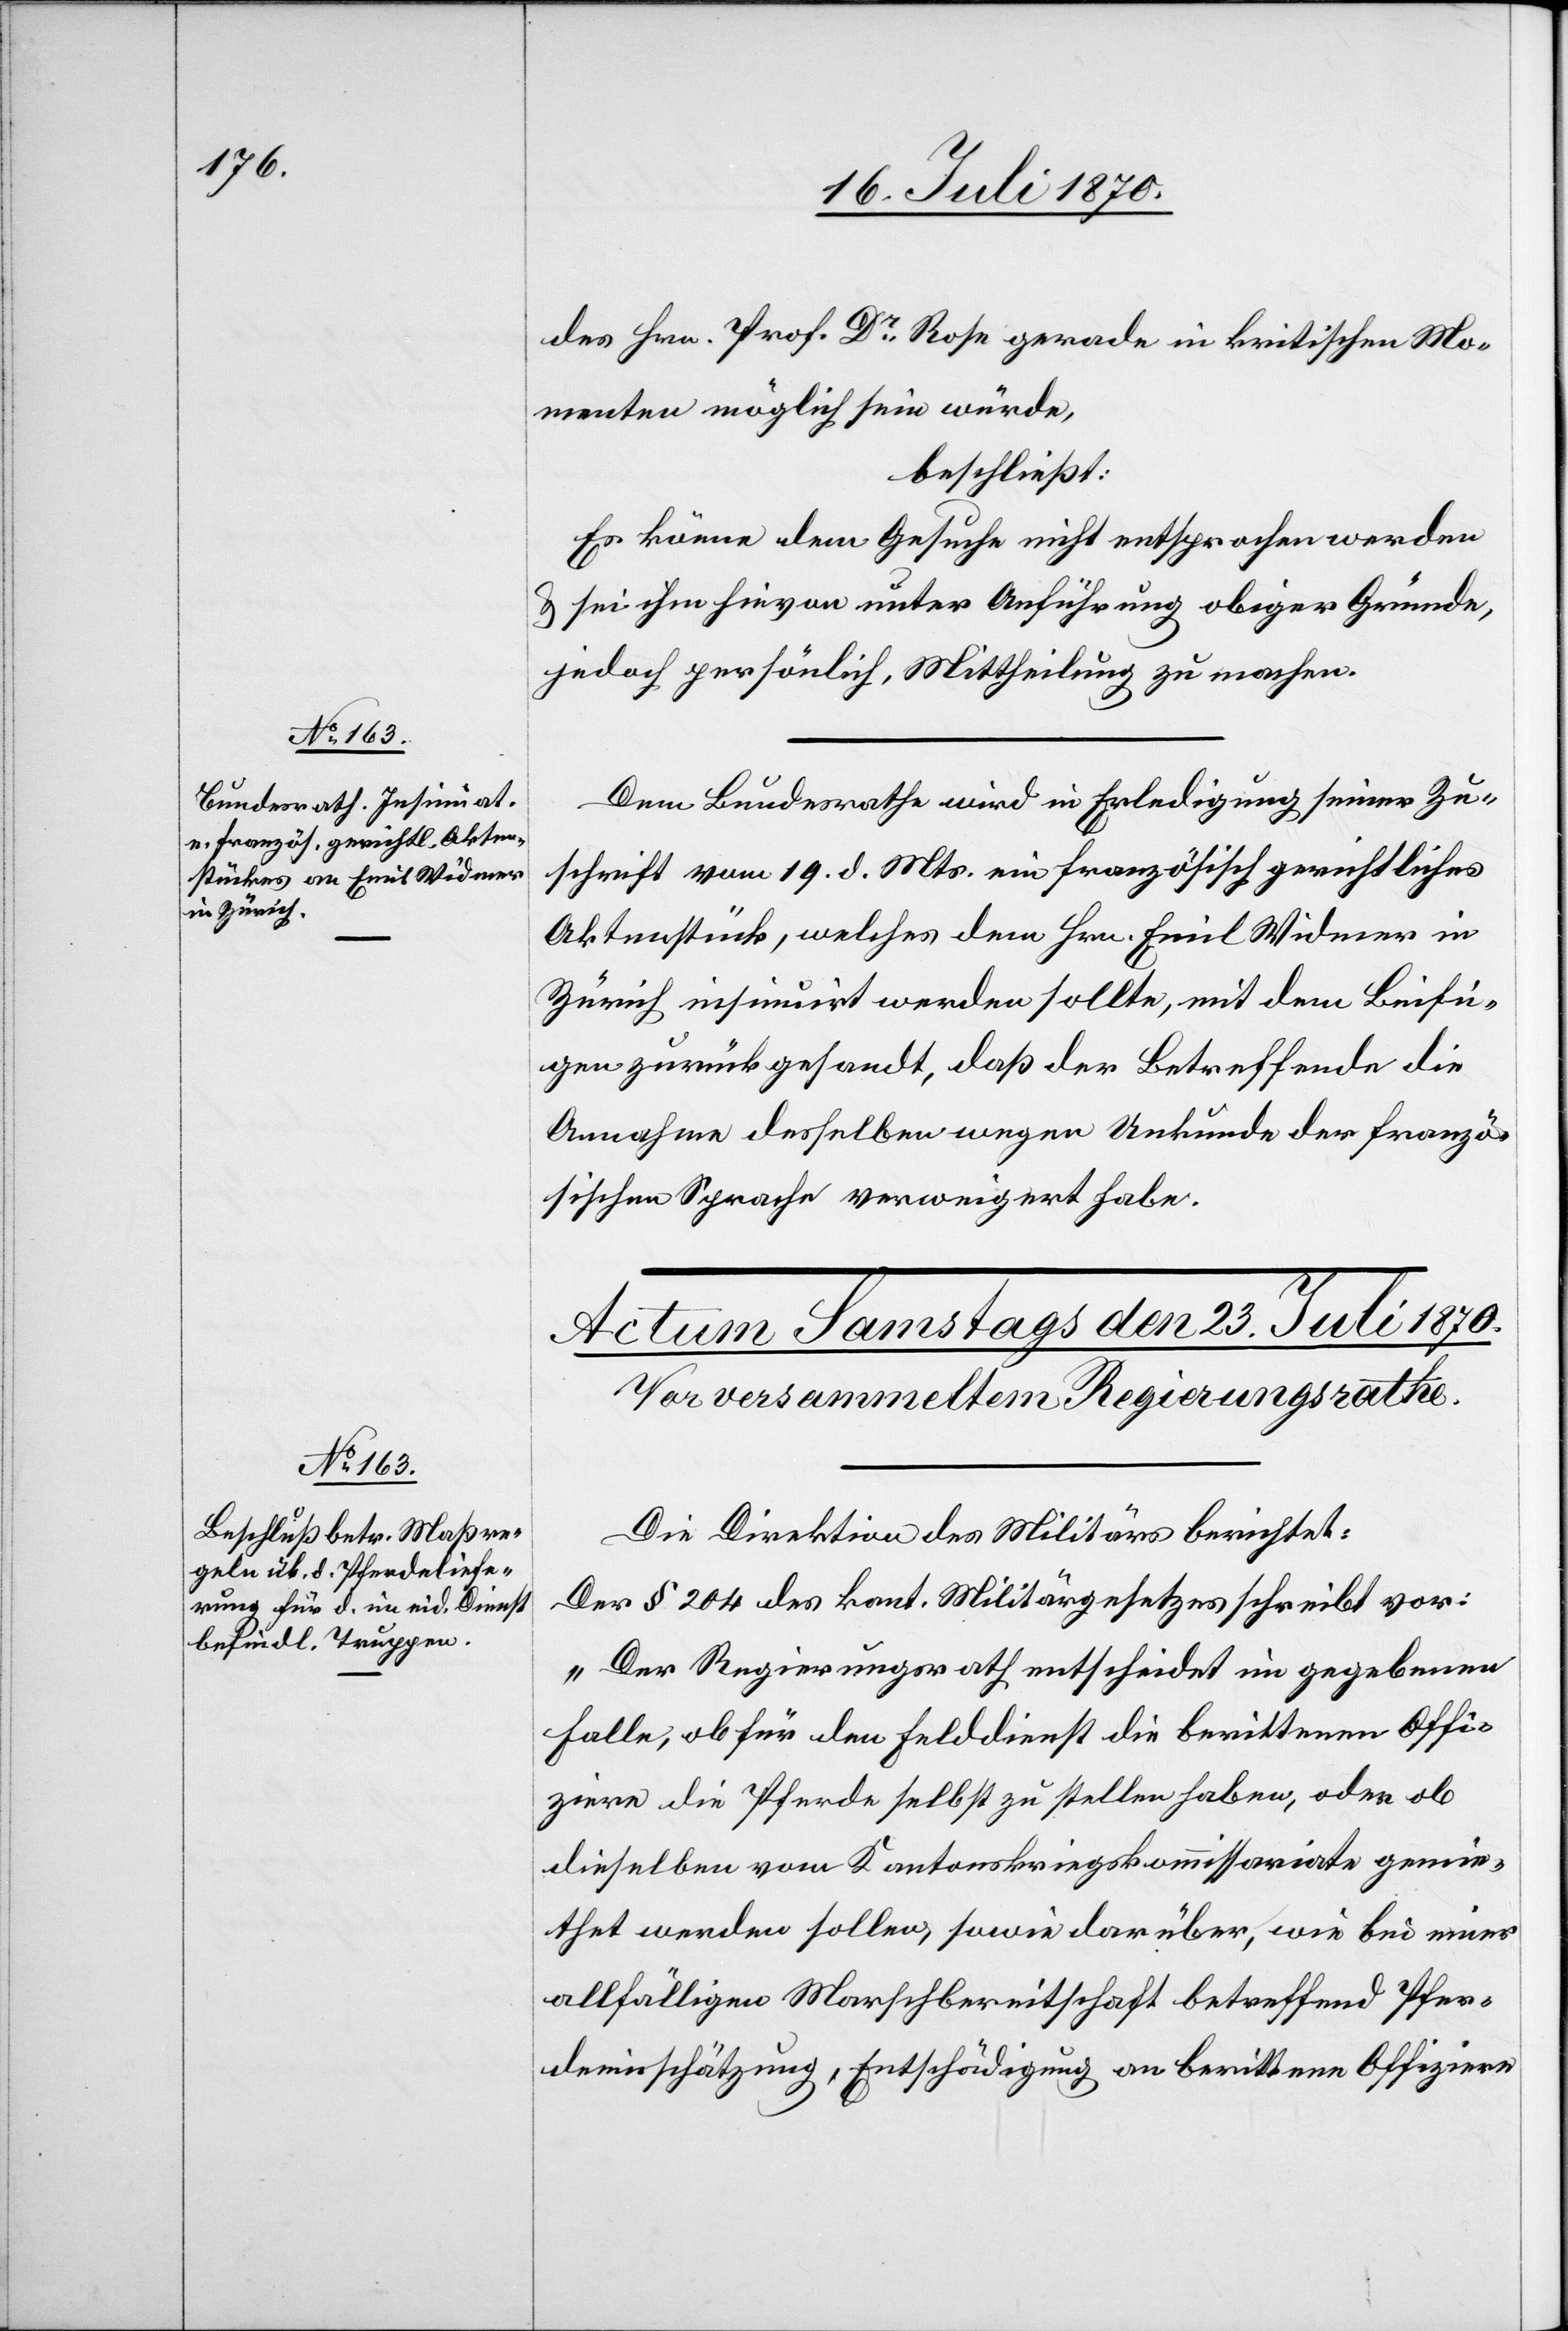
22. Juli 1870.]
des Prof. Dr Rose gerade in kritischen Mo¬
menten möglich sein würde,
beschließt:
Es könne dem Gesuche nicht entsprochen werden
& sei ihm hievon unter Anführung obiger Gründe,
jedoch persönlich, Mittheilung zu machen.
Dem Bundesrathe wird in Erledigung seiner Zu¬
schrift vom 19. d. Mts. ein französisch gerichtliches
Aktenstück, welches dem Hrn. Emil Widmer in
Zürich insinuirt werden sollte, mit dem Beifü¬
gen zurück gesandt, daß der Betreffende die
Annahme desselben wegen Unkunde der franzö¬
sischen Sprache verweigert habe.
Die Direktion des Militärs berichtet:
Der § 24 des kant. Militärgesetzes schreibt vor:
„Der Regierungsrath entscheidet im gegebenen
Falle, ob für den Felddienst die berittenen Offi¬
ziere die Pferde selbst zu stellen haben, oder ob
dieselben vom Kantonskriegskommissariate gemie¬
thet werden sollen, sowie darüber, wie bei einer
allfälligen Marschbereitschaft betreffend Pfer¬
deeinschätzung, Entschädigung an berittene Offiziere